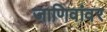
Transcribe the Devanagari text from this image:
जाणिवांवर